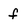
Character: f